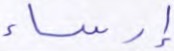
إرساء